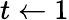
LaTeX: t\gets 1